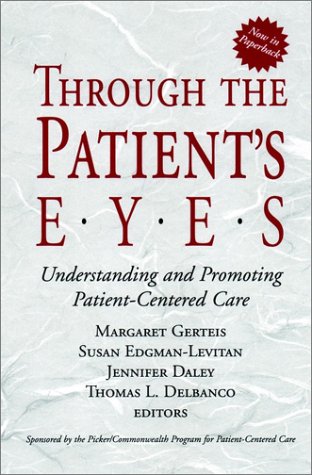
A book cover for Through the Patient's Eyes: Understanding and Promoting Patient-Centered Care; Medical Books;